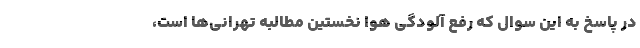
در پاسخ به این سوال که رفع آلودگی هوا نخستین مطالبه تهرانی‌ها است،